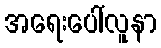
အရေးပေါ်လူနာ